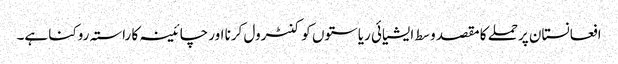
افعانستان پرحملے کا مقصد وسط ایشیائی ریاستوں کو کنٹرول کرنا اور چائینہ کا راستہ روکنا ہے۔